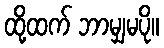
ထို့ထက် ဘာမျှမပို။